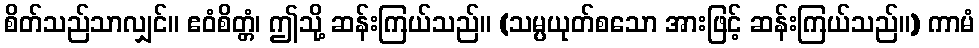
စိတ်သည်သာလျှင်။ ဧဝံစိတ္တံ၊ ဤသို့ ဆန်းကြယ်သည်။ (သမ္ပယုတ်စသော အားဖြင့် ဆန်းကြယ်သည်။) ကာမံ